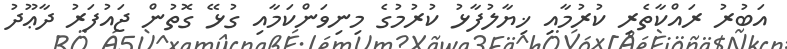
އަބުރު ރައްކާތެރި ކުރުމާއި ޚިޔާލުފާޅު ކުރުމުގެ މިނިވަންކަމާއި ގުޅޭ ގޮތުން ޖައުފަރު ދާޢޫދު